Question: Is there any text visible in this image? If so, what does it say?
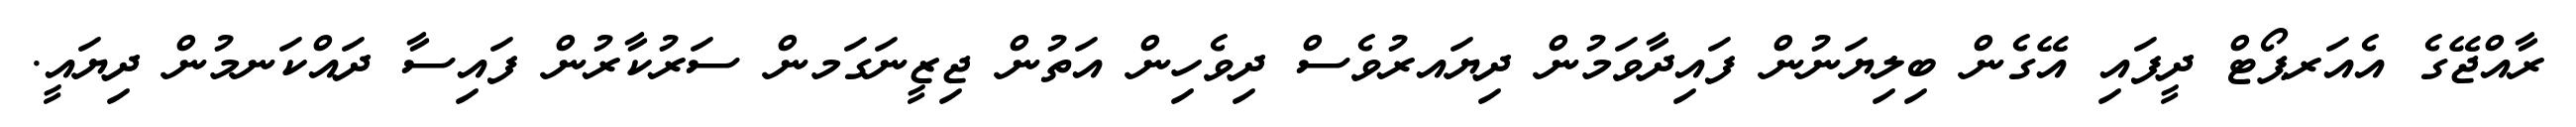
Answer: ރާއްޖޭގެ އެއަރޕޯޓް ދީފައި އޭގެން ބިލިޔަނުން ފައިދާވަމުން ދިޔައރުވެސް ދިވެހިން އަތުން ޖިޒީނަގަމން ސަރުކާރުން ފައިސާ ދައްކަނމުން ދިޔައީ.